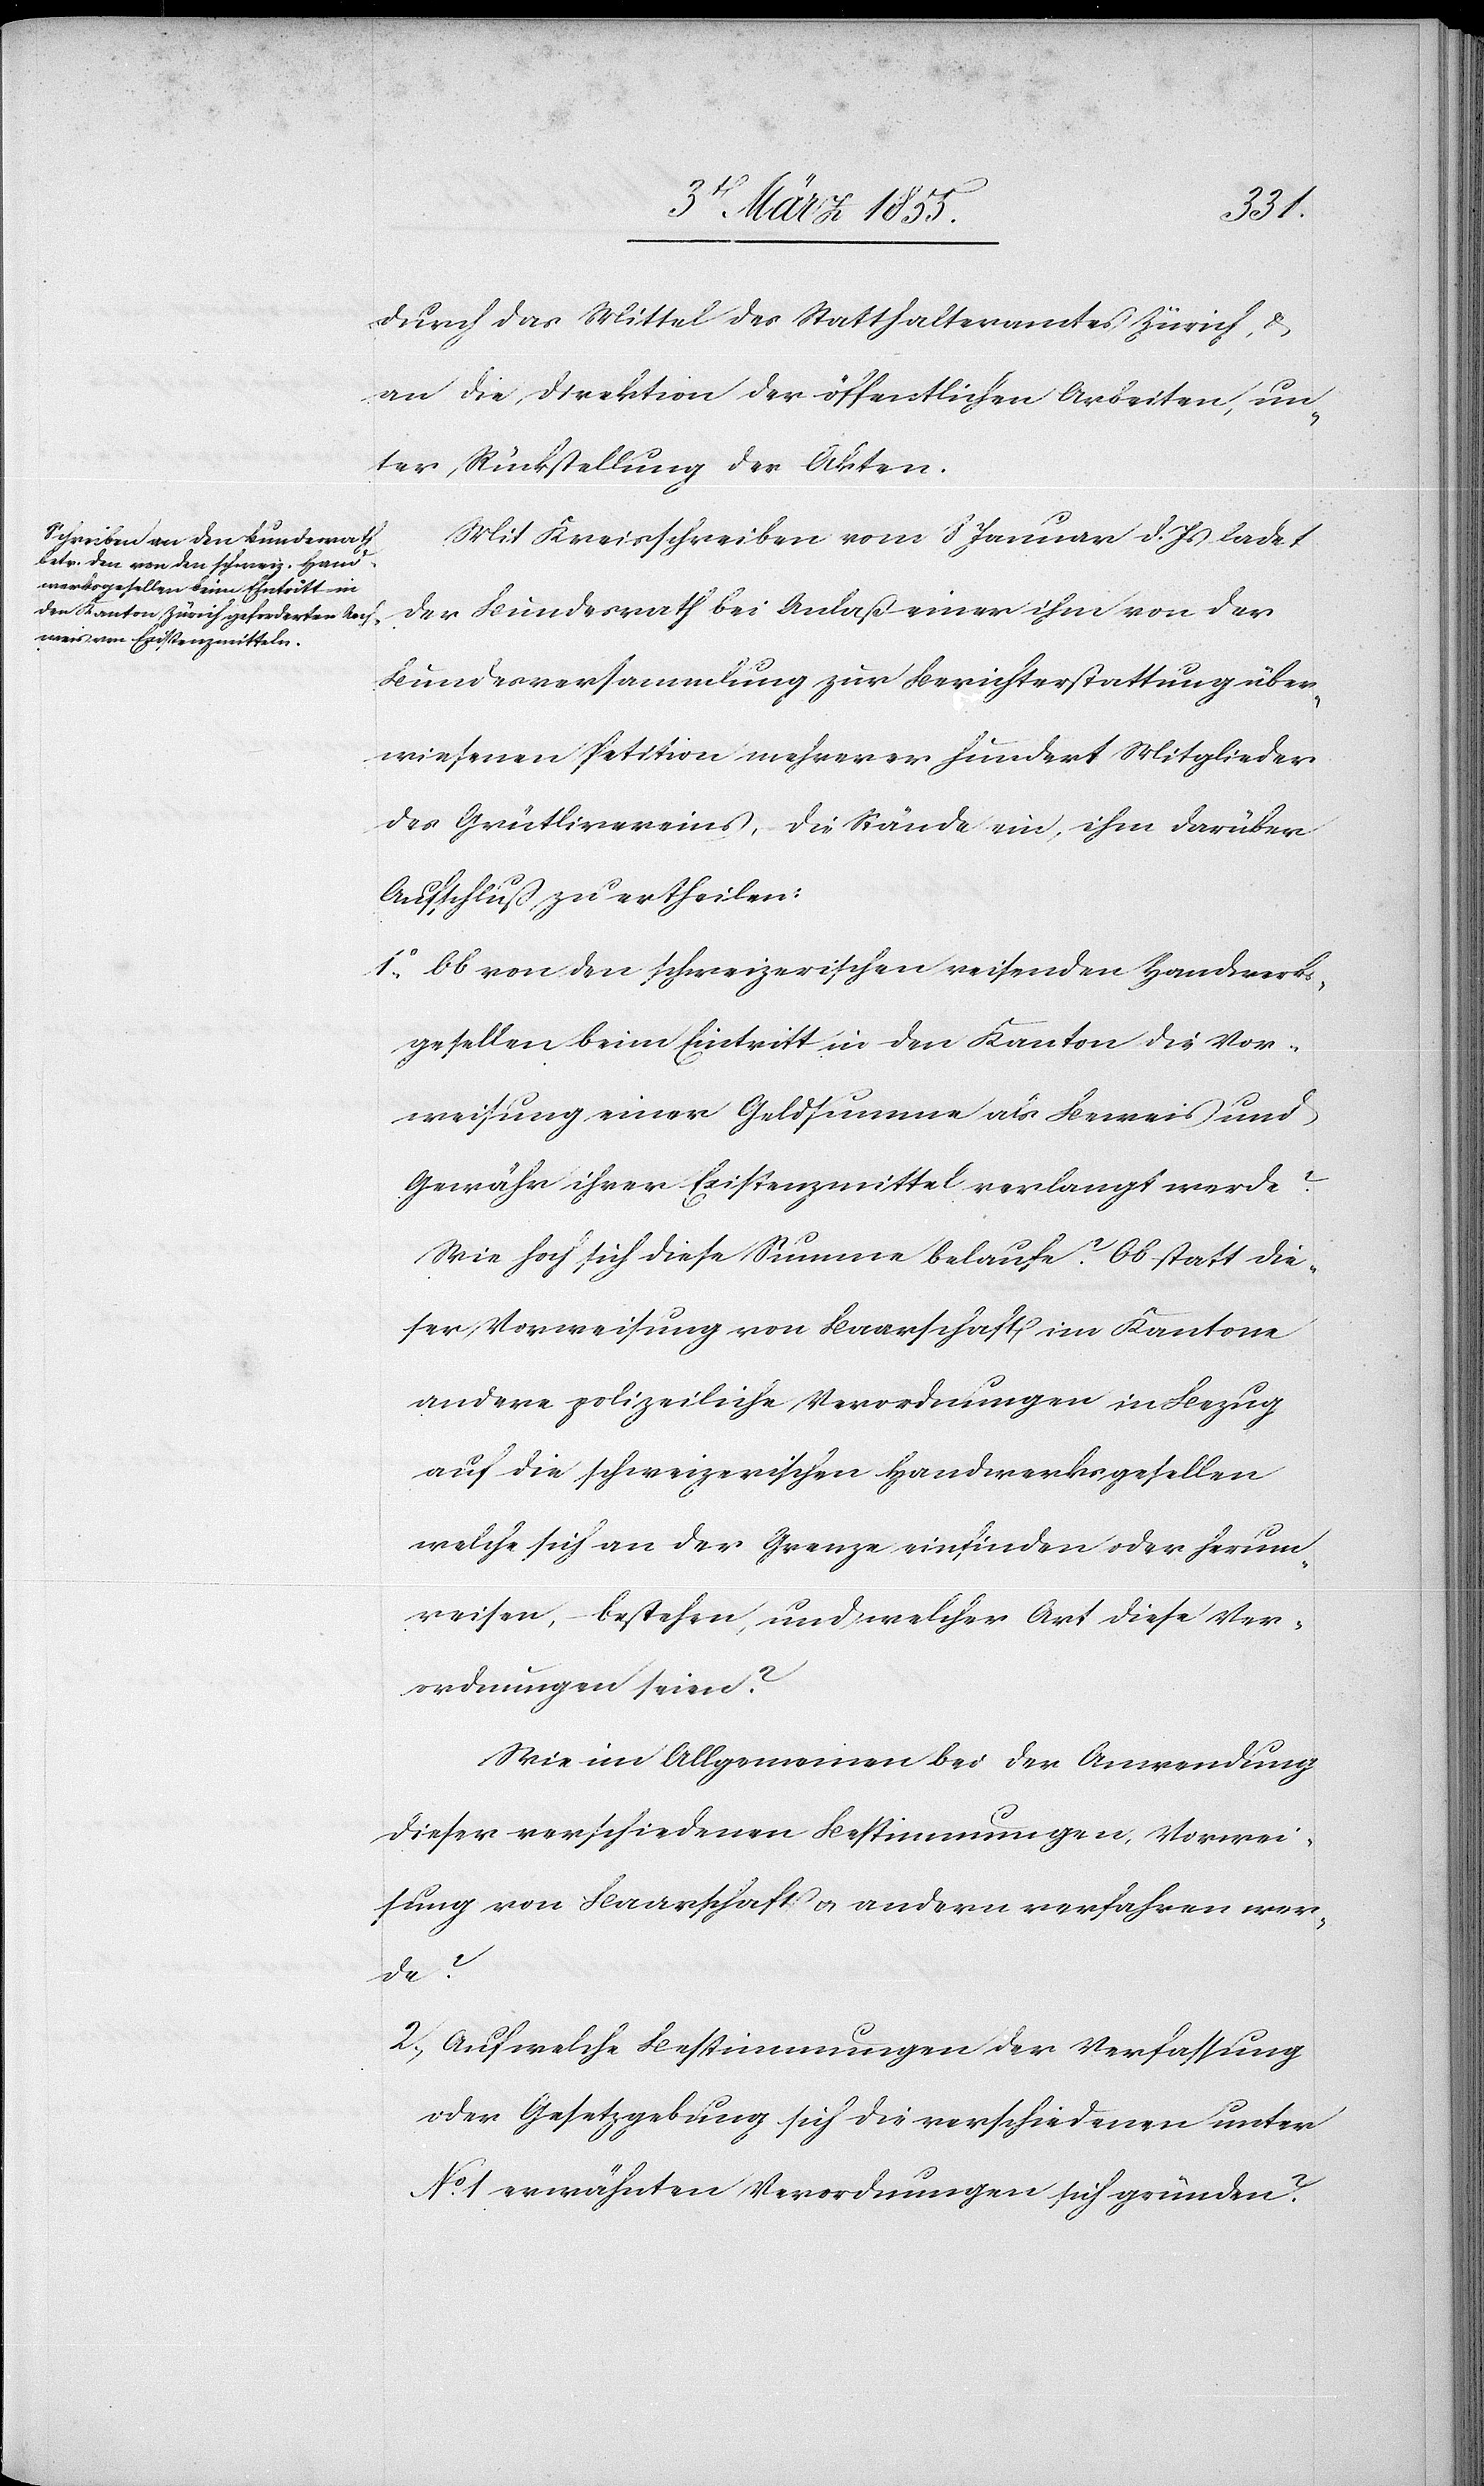
durch das Mittel des Statthalteramtes Zürich, &
an die Direktion der öffentlichen Arbeiten, un¬
ter Rückstellung der Akten.
Mit Kreisschreiben vom 8 Januar d. Js ladet
der Bundesrath bei Anlaß einer ihm von der
Bundesversammlung zur Berichterstattung über¬
wiesenen Petition mehrerer hundert Mitglieder
des Grütlivereins, die Stände ein, ihm darüber
Aufschluß zu ertheilen:
Ob von den schweizerischen reisenden Handwerks¬
gesellen beim Eintritt in den Kanton die Vor¬
weisung einer Geldsumme als Beweis und
Gewähr ihrer Existenzmittel verlangt werde?
Wie hoch sich diese Summe belaufe? Ob statt die¬
ser Vorweisung von Baarschaft im Kantone
andere polizeiliche Verordnungen in Bezug
auf die schweizerischen Handwerksgesellen
welche sich an der Grenze einfinden oder herum¬
reisen, – bestehen, und welcher Art diese Ver¬
ordnungen seien?
Wie im Allgemeinen bei der Anwendung
dieser verschiedenen Bestimmungen, Vorwei¬
sung von Baarschaft & andern verfahren wer¬
de?
Auf welche Bestimmungen der Verfassung
oder Gesetzgebung sich die verschiedenen unter
No. 1 erwähnten Verordnungen sich [sic!] gründen?